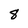
Character: 8